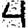
Digit: 4